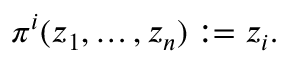
\pi ^ { i } ( z _ { 1 } , \dots , z _ { n } ) : = z _ { i } .